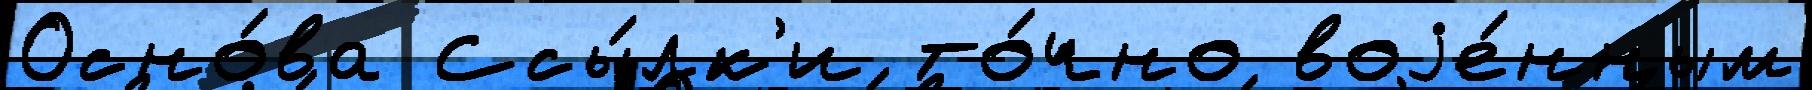
Осно́ва Ссы́лк'и то́чно воjе́нным